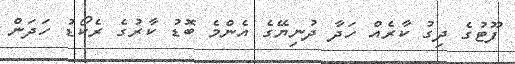
ފޫޓުގެ ދިގު ކާރެއް ހަދާ ދުނިޔޭގެ އެންމެ ބޮޑު ކާރުގެ ރެކޯޑު ހަދަން